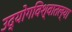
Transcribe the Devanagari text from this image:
उद्योगविश्वातल्या